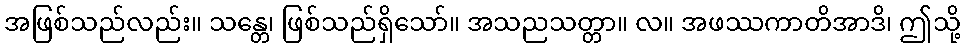
အဖြစ်သည်လည်း။ သန္တေ၊ ဖြစ်သည်ရှိသော်။ အသညသတ္တာ။ လ။ အဖဿကာတိအာဒိ၊ ဤသို့